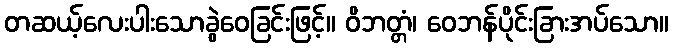
တဆယ့်လေးပါးသောခွဲဝေခြင်းဖြင့်။ ဝိဘတ္တံ၊ ဝေဘန်ပိုင်းခြားအပ်သော။